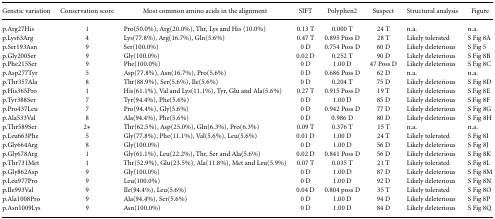
<table><thead><tr><td><b>Genetic variation</b></td><td><b>Conservation score</b></td><td><b>Most common amino acids in the alignment</b></td><td><b>SIFT</b></td><td><b>Polyphen2</b></td><td><b>Suspect</b></td><td><b>Structural analysis</b></td><td><b>Figure</b></td></tr></thead><tbody><tr><td>p.Arg27His</td><td>1</td><td>Pro(50.0%), Arg(20.0%), Thr, Lys and His (10.0%)</td><td>0.13 T</td><td>0.000 T</td><td>24 T</td><td>n.a.</td><td>n.a.</td></tr><tr><td>p.Lys63Arg</td><td>4</td><td>Lys(77.8%), Arg(16.7%), Gln(5.6%)</td><td>0.47 T</td><td>0.895 Poss D</td><td>28 T</td><td>Likely tolerated</td><td>S Fig 8A</td></tr><tr><td>p.Ser193Asn</td><td>9</td><td>Ser(100.0%)</td><td>0 D</td><td>0.754 Poss D</td><td>60 D</td><td>Likely deleterious</td><td>S Fig 5</td></tr><tr><td>p.Gly200Ser</td><td>9</td><td>Gly(100.0%)</td><td>0.02 D</td><td>0.252 T</td><td>90 D</td><td>Likely deleterious</td><td>S Fig 8B</td></tr><tr><td>p.Phe215Ser</td><td>9</td><td>Phe(100.0%)</td><td>0 D</td><td>1.00 D</td><td>47 Poss D</td><td>Likely deleterious</td><td>S Fig 8C</td></tr><tr><td>p.Asp277Tyr</td><td>5</td><td>Asp(77.8%), Asn(16.7%), Pro(5.6%)</td><td>0 D</td><td>0.686 Poss D</td><td>62 D</td><td>n.a.</td><td>n.a.</td></tr><tr><td>p.Thr357Ala</td><td>8</td><td>Thr(88.9%), Ser(5.6%), Ile(5.6%)</td><td>0 D</td><td>0.204 T</td><td>75 D</td><td>Likely deleterious</td><td>S Fig 8D</td></tr><tr><td>p.His365Pro</td><td>1</td><td>His(61.1%), Val and Lys(11.1%), Tyr, Glu and Ala(5.6%)</td><td>0.27 T</td><td>0.915 Poss D</td><td>19 T</td><td>Likely deleterious</td><td>S Fig 8E</td></tr><tr><td>p.Tyr388Ser</td><td>7</td><td>Tyr(94.4%), Phe(5.6%)</td><td>0 D</td><td>1.00 D</td><td>85 D</td><td>Likely deleterious</td><td>S Fig 8F</td></tr><tr><td>p.Pro437Leu</td><td>7</td><td>Pro(94.4%), Gly(5.6%)</td><td>0 D</td><td>0.942 Poss D</td><td>77 D</td><td>Likely deleterious</td><td>S Fig 8G</td></tr><tr><td>p.Ala533Val</td><td>8</td><td>Ala(94.4%), Phe(5.6%)</td><td>0 D</td><td>0.986 D</td><td>80 D</td><td>Likely deleterious</td><td>S Fig 8H</td></tr><tr><td>p.Thr589Ser</td><td>2*</td><td>Thr(62.5%), Asp(25.0%), Gln(6.3%), Pro(6.3%)</td><td>0.09 T</td><td>0.376 T</td><td>15 T</td><td>n.a.</td><td>n.a.</td></tr><tr><td>p.Leu663Phe</td><td>5</td><td>Gly(77.8%), Phe(11.1%), Val(5.6%), Leu(5.6%)</td><td>0.01 D</td><td>1.00 D</td><td>24 T</td><td>Likely tolerated</td><td>S Fig 8I</td></tr><tr><td>p.Gly664Arg</td><td>8</td><td>Gly(100.0%)</td><td>0 D</td><td>1.00 D</td><td>56 D</td><td>Likely deleterious</td><td>S Fig 8J</td></tr><tr><td>p.Gly678Arg</td><td>1</td><td>Gly(61.1%), Leu(22.2%), Thr, Ser and Ala(5.6%)</td><td>0.02 D</td><td>0.841 Poss D</td><td>56 D</td><td>Likely deleterious</td><td>S Fig 8K</td></tr><tr><td>p.Thr731Met</td><td>1</td><td>Thr(52.9%), Glu(23.5%), Ala(11.8%), Met and Leu(5.9%)</td><td>0.07 T</td><td>0.035 T</td><td>21 T</td><td>Likely tolerated</td><td>S Fig 8L</td></tr><tr><td>p.Gly862Asp</td><td>9</td><td>Gly(100.0%)</td><td>0 D</td><td>1.00 D</td><td>87 D</td><td>Likely deleterious</td><td>S Fig 8M</td></tr><tr><td>p.Leu977Pro</td><td>9</td><td>Leu(100.0%)</td><td>0 D</td><td>1.00 D</td><td>92 D</td><td>Likely deleterious</td><td>S Fig 8N</td></tr><tr><td>p.Ile993Val</td><td>9</td><td>Ile(94.4%), Leu(5.6%)</td><td>0.04 D</td><td>0.804 poss D</td><td>35 T</td><td>Likely tolerated</td><td>S Fig 8O</td></tr><tr><td>p.Ala1008Pro</td><td>9</td><td>Ala(94.4%), Ser(5.6%)</td><td>0 D</td><td>1.00 D</td><td>94 D</td><td>Likely deleterious</td><td>S Fig 8P</td></tr><tr><td>p.Asn1009Lys</td><td>9</td><td>Asn(100.0%)</td><td>0 D</td><td>1.00 D</td><td>84 D</td><td>Likely deleterious</td><td>S Fig 8Q</td></tr></tbody></table>